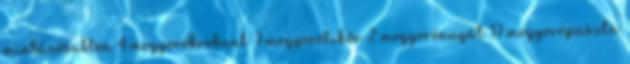
mintázósablon 4 mogyorókrokant 7 mogyorólikőr 2 mogyorónugát 17 mogyorópaszta